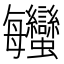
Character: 𧖦